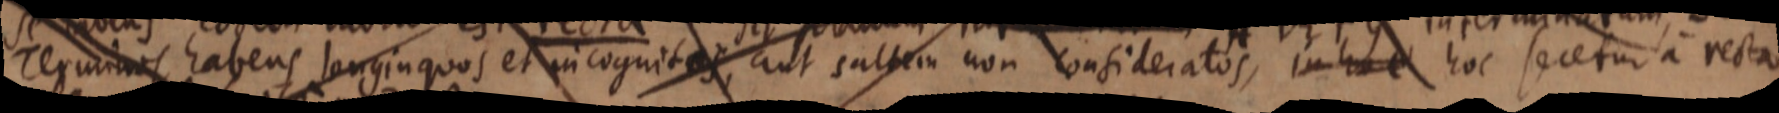
terminos habens longinquos et incognitas, aut saltem non consideratos, in hoc hoc secetur a recta